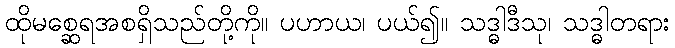
ထိုမစ္ဆေရအစရှိသည်တို့ကို။ ပဟာယ၊ ပယ်၍။ သဒ္ဓါဒီသု၊ သဒ္ဓါတရား